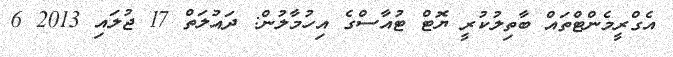
އެގްރީމެންޓްތައް ބާތިލުކުރީ ޔޮޓް ޓުއާސްގެ އިހުމާލުން: ދައުލަތް 17 ޖުލައި 2013 6